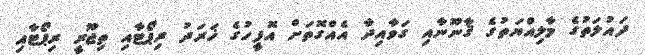
ދައުލަތުގެ މާލިއްޔަތުގެ ޤާނޫނާއި ގަވާއިދާ އެއްގޮތަށް އޮފީހުގެ ޚަރަދު ރިޕޯޓާއި ތިޖޫރީ ރިޕޯޓާއި